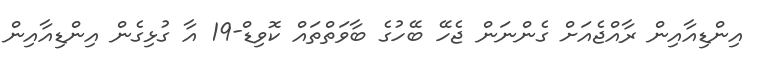
އިންޑިއާއިން ރާއްޖެއަށް ގެންނަން ޖެހޭ ބޭހުގެ ބާވަތްތައް ކޮވިޑް-19 އާ ގުޅިގެން އިންޑިއާއިން